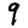
Digit: 9